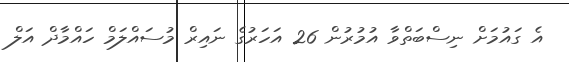
އެ ގައުމަށް ނިސްބަތްވާ އުމުރުން 26 އަހަރުގެ ނައިރް މުސައްލަމް ހައްމާދް އަލް